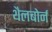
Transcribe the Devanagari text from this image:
थैलबोर्न